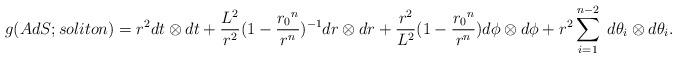
LaTeX: \begin{align*}g(AdS;soliton) = {r^2}dt \otimes dt + {{L^2} \over {r^2}}{(1 - {{{r_0}^n} \over {r^n}})^{-1}}dr \otimes dr + {{r^2} \over {L^2}}{(1 - {{{r_0}^n} \over {r^n}})}d\phi \otimes d\phi + {r^2}\sum^{n-2}_{i=1} \; d\theta_i \otimes d\theta_i.\end{align*}